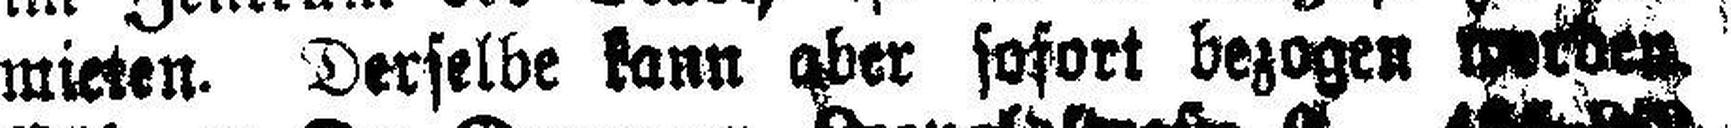
mieten. Derselbe kann aber sofort bezogen wechen